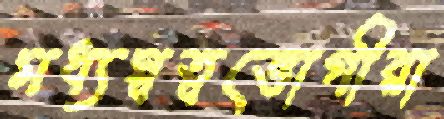
মধ্যস্বত্বভোগীরা